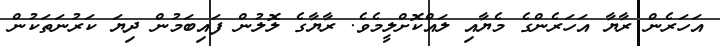
އަހަރެން ރާޔާ އަހަރެންގެ މެޔާއި ލައްކޮށްލީމެވެ. ރާޔާގެ ލޮލުން ފައިބަމުން ދިޔަ ކަރުނަތަކުން